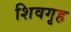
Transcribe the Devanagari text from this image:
शिवगृह